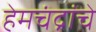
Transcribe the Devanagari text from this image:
हेमचंद्रांचे